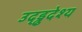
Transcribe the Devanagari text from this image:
उद्ड्ढदेश्य